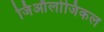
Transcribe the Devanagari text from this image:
जिऑलोजिकल